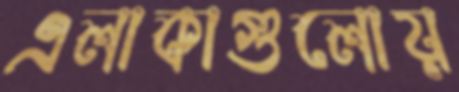
এলাকাগুলোয়